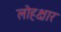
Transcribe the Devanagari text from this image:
लोहक्षार